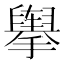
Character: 𰔶